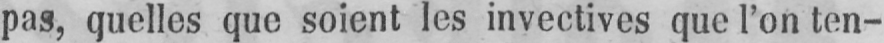
pas, quelles que soient les invectives que l’on ten-